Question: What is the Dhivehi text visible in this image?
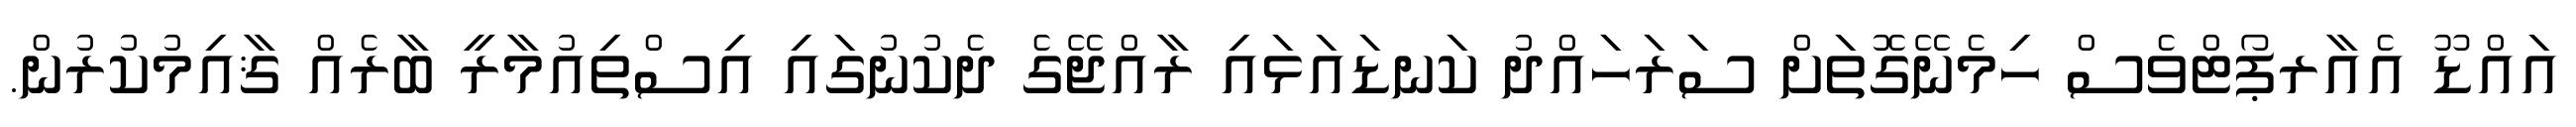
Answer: އައްޑޫ އެއާރޕޯޓްވެސް ހިމެނޭގޮތަށް ސަރަހައްދު ކަނޑައަޅައި ރާއްޖޭގެ ދެކުނުގައި އިސްތިއުމާރީ ބާރެއް ޤާއިމުކުރުން.